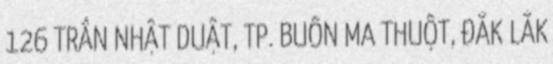
126 TRẦN NHẬT DUẬT, TP. BUÔN MA THUỘT, ĐẮK LẮK